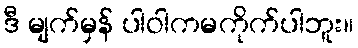
ဒီ မျက်မှန် ပါဝါကမကိုက်ပါဘူး။